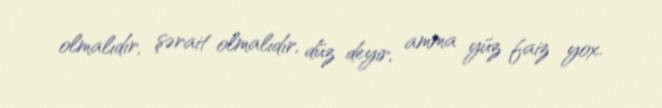
olmalıdır, şərait olmalıdır, düz deyir, amma yüz faiz yox.